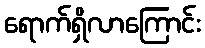
ရောက်ရှိလာကြောင်း